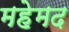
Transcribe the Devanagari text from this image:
महेमद